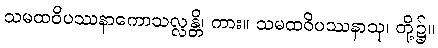
သမထဝိပဿနာကောသလ္လန္တိ၊ ကား။ သမထဝိပဿနာသု၊ တို့၌။